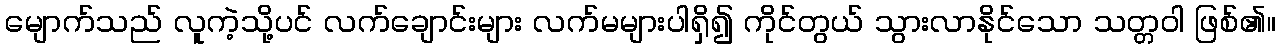
မျောက်သည် လူကဲ့သို့ပင် လက်ချောင်းများ လက်မများပါရှိ၍ ကိုင်တွယ် သွားလာနိုင်သော သတ္တဝါ ဖြစ်၏။